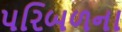
પરિબળના